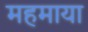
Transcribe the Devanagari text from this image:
महमाया